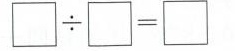
\Box {\div}\Box =\Box